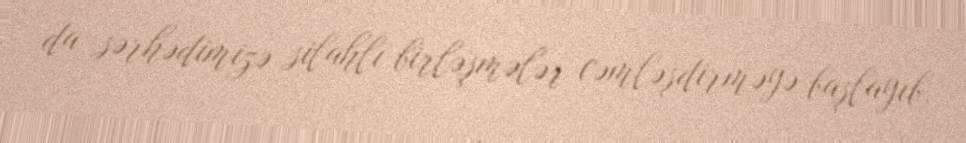
da sərhədimizə silahlı birləşmələr cəmləşdirməyə başlayıb.